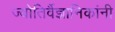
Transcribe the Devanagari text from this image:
ज्योतिर्वैज्ञानिकांनी